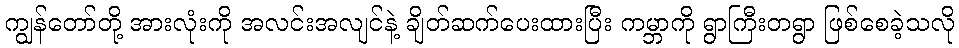
ကျွန်တော်တို့ အားလုံးကို အလင်းအလျင်နဲ့ ချိတ်ဆက်ပေးထားပြီး ကမ္ဘာကို ရွာကြီးတရွာ ဖြစ်စေခဲ့သလို